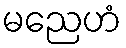
မညေဟံ